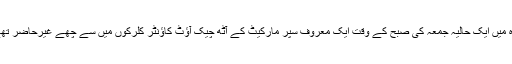
جدہ میں ایک حالیہ جمعہ کی صبح کے وقت ایک معروف سپر مارکیٹ کے آٹھ چیک آؤٹ کاؤنٹر کلرکوں میں سے چھے غیرحاضر تھے۔